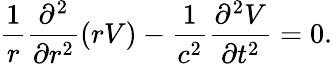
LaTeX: \frac{1}{r}\frac{\partial^{2}}{\partial r^{2}}(rV)-\frac{1}{c^{2}}\frac{\partial^{2}V}{\partial t^{2}}=0.